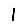
Digit: 1